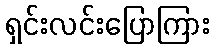
ရှင်းလင်းပြောကြား